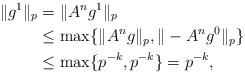
LaTeX: \begin{align*}\| g^1\|_p & = \| A^{n}g^1\|_p \\ & \leq \max \{ \| A^{n}g\|_p, \|-A^{n}g^0\|_p\} \\ & \leq \max \{ p^{-k},p^{-k}\} = p^{-k},\end{align*}